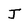
Character: J